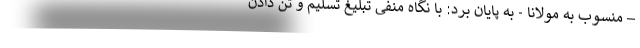
– منسوب به مولانا - به پایان برد: با نگاه منفی تبلیغ تسلیم و تن دادن